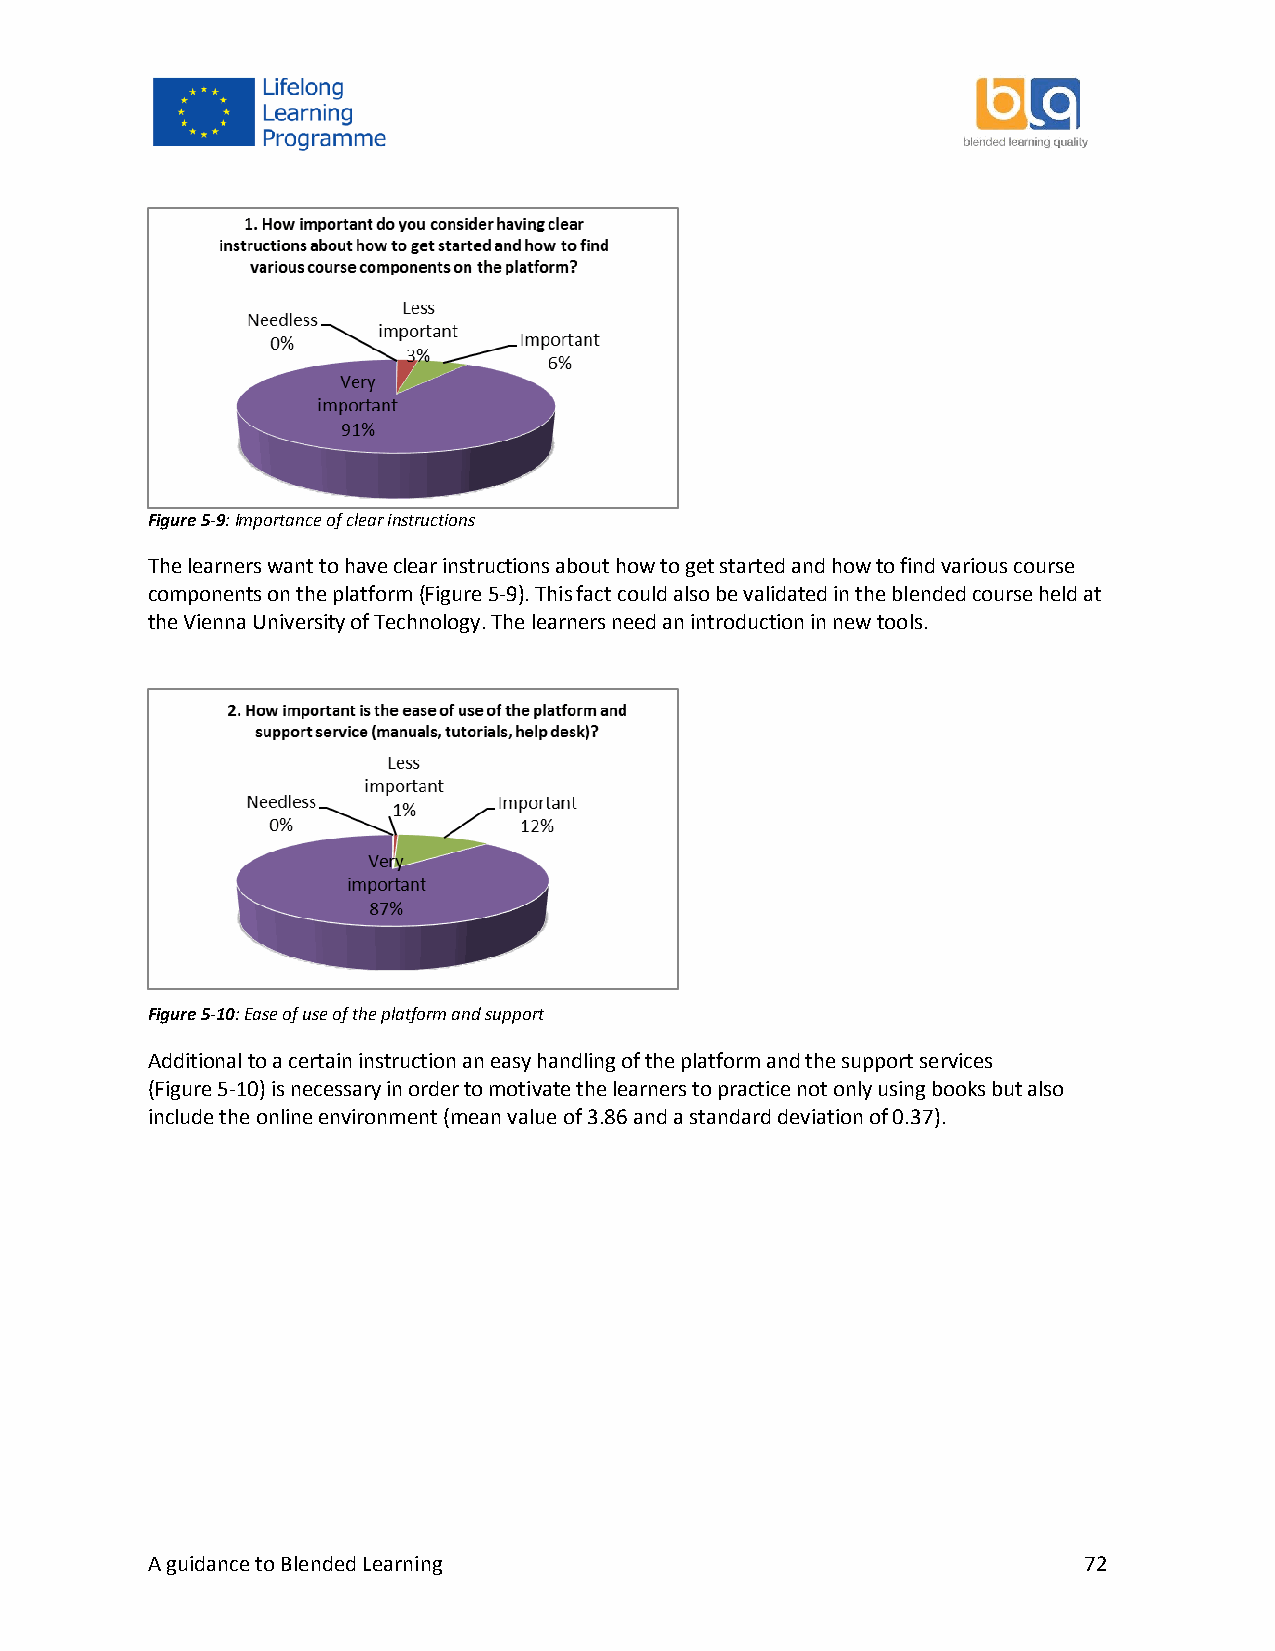
Figure 5-9: Importance of clear instructions
 The learners want to have clear instructions about how to get started and how to find various course
 components on the platform (Figure 5-9). This fact could also be validated in the blended course held at
 the Vienna University of Technology. The learners need an introduction in new tools.
 Figure 5-10: Ease of use of the platform and support
 Additional to a certain instruction an easy handling of the platform and the support services
 (Figure 5-10) is necessary in order to motivate the learners to practice not only using books but also
 include the online environment (mean value of 3.86 and a standard deviation of 0.37).
 A guidance to Blended Learning                                72